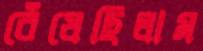
বেঁধেছিলাম